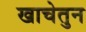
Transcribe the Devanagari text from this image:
खाचेतुन